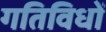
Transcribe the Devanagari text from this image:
गतिविधों